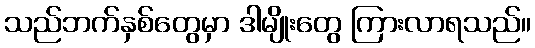
သည်ဘက်နှစ်တွေမှာ ဒါမျိုးတွေ ကြားလာရသည်။